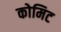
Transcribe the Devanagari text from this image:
कोमिट